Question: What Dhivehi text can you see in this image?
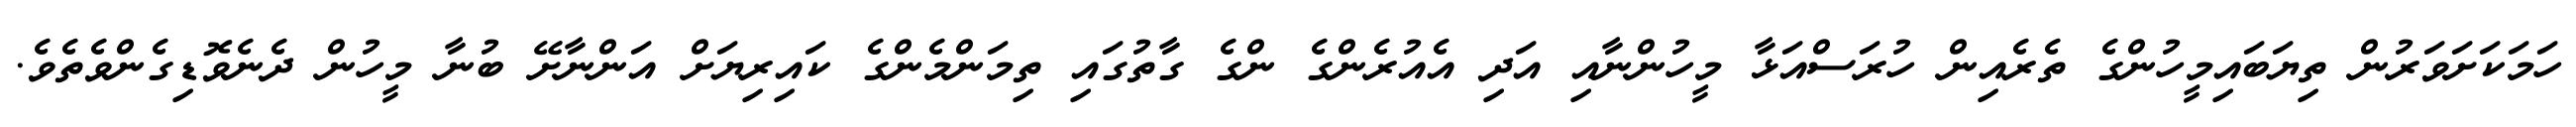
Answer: ހަމަކަށަވަރުން ތިޔަބައިމީހުންގެ ތެރެއިން ހުރަސްއަޅާ މީހުންނާއި އަދި އެއުރެންގެ ންގެ ގާތުގައި ތިމަންމެންގެ ކައިރިޔަށް އަންނާށޭ ބުނާ މީހުން ދެނެވޮޑިގެންވެތެވެ.